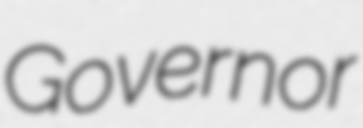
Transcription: Governor